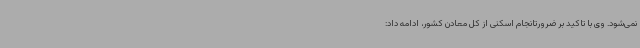
نمی‌شود. وی با تاکید بر ضرورتانجام اسکنی از کل معادن کشور، ادامه داد: